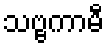
သဗ္ဗကာမီ